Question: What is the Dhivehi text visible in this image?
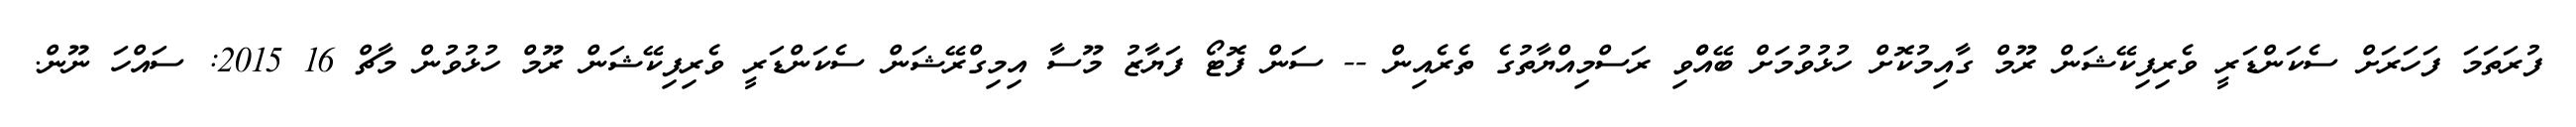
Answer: ފުރަތަމަ ފަހަރަށް ސެކަންޑަރީ ވެރިފިކޭޝަން ރޫމް ގާއިމުކޮށް ހުޅުވުމަށް ބޭއްްވި ރަސްމިއްޔާތުގެ ތެރެއިން -- ސަން ފޮޓޯ ފަޔާޒު މޫސާ އިމިގްރޭޝަން ސެކަންޑަރީ ވެރިފިކޭޝަން ރޫމް ހުޅުވުން މާޗް 16 2015: ސައްހަ ނޫން.